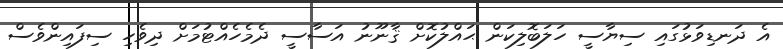
އެ ދަނޑިވަޅުގައި ސިޔާސީ ހަލަބޮލިކަން ޙައްލުކޮށް ޤާނޫނު އަސާސީ ދެމެހެއްޓުމަށް ދިވެހި ސިފައިންވެސް